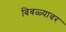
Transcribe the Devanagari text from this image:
बिबळ्यावर